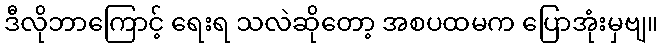
ဒီလိုဘာကြောင့် ရေးရ သလဲဆိုတော့ အစပထမက ပြောအုံးမှဗျ။